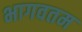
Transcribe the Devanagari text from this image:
भागवतम